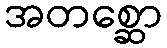
အတစ္ဆော